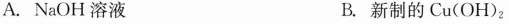
A.NaOH溶液 B.新制的Cu(OH)_{2}